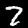
Label: 7